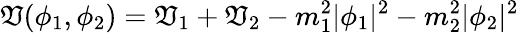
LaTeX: \mathfrak{V}(\phi_{1},\phi_{2})=\mathfrak{V}_{1}+\mathfrak{V}_{2}-m_{1}^{2}|\phi_{1}|^{2}-m_{2}^{2}|\phi_{2}|^{2}